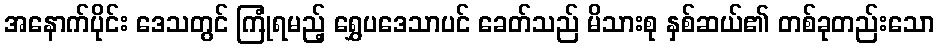
အနောက်ပိုင်း ဒေသတွင် ကြုံရမည့် ရွှေပဒေသာပင် ခေတ်သည် မိသားစု နှစ်ဆယ်၏ တစ်ခုတည်းသော